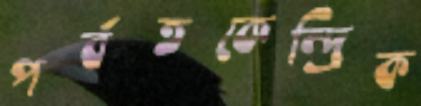
পর্বতকেন্দ্রিক